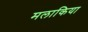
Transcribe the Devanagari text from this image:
मलाकिया